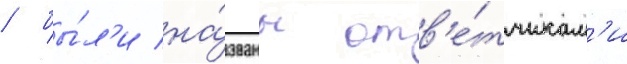
/ бы́л'и на́званы отв'е́тчикам'и